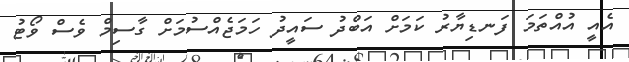
އެއީ އުއްތަމަ ފަނޑިޔާރު ކަމަށް އަބްދު ސައީދު ހަމަޖެއްސުމަށް ގާސިމް ވެސް ވޯޓު